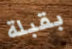
بقبلة